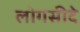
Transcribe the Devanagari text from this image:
लोगसीदे